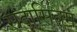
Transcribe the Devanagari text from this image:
सदासिवम